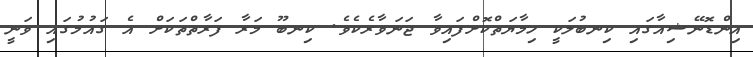
އިންޑޮނޭޝިއާގައި ކިނބުލަކީ ހިމާޔަތްކޮށްފައިވާ ޖަނަވާރެކެވެ. ކިނބޫ މަރާ ފަރާތްތަކަށް އެ ގައުމުގައި ވަނީ